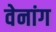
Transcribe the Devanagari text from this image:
वेनांग